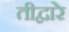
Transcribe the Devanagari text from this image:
तीद्वारे